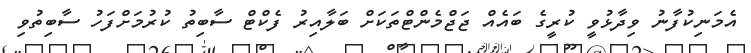
އެމަނިކުފާނު ވިދާޅުވީ ކުރީގެ ބައެއް ޖަޖްމެންޓްތަކަށް ބަލާއިރު ފެކްޓް ސާބިތު ކުރުމަށްފަހު ސާބިތުވި